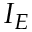
I _ { E }